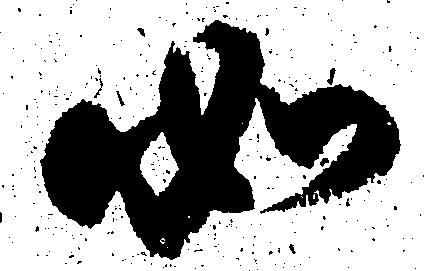
如